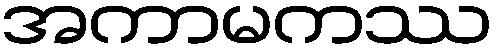
အကာမကဿ